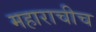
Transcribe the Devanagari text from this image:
महाराचीच